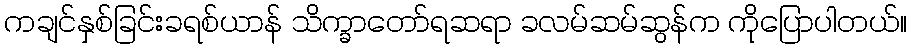
ကချင်နှစ်ခြင်းခရစ်ယာန် သိက္ခာတော်ရဆရာ ခလမ်ဆမ်ဆွန်က ကိုပြောပါတယ်။